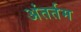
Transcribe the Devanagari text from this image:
अंतर्तम